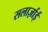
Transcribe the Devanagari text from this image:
सलार्ज़ाई